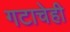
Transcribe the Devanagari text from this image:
गटाचेही